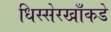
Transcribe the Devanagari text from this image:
धिस्सेरखाँकडे